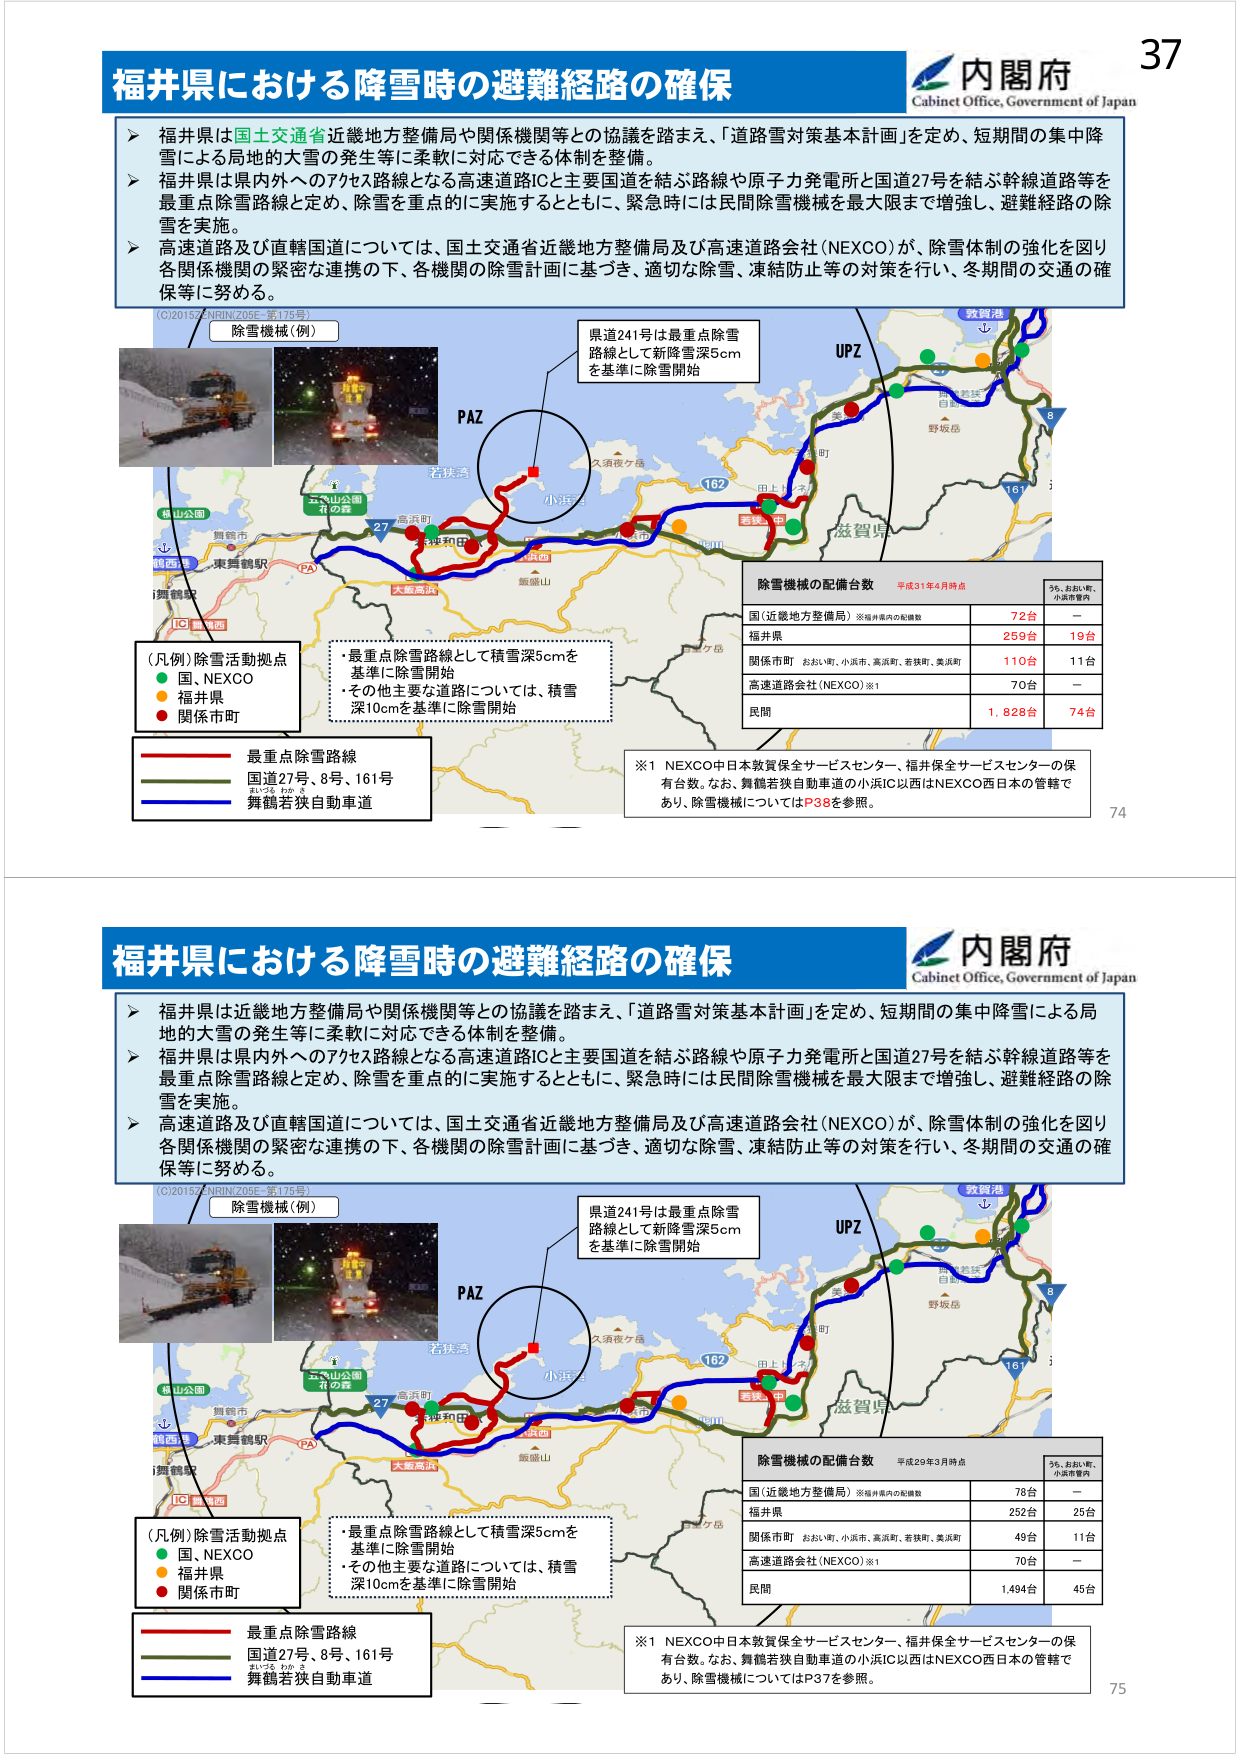
福井県における降雪時の避難経路の確保
内閣府
Cabinet Office, Government of Japan
37
福井県は国土交通省近畿地方整備局や関係機関等との協議を踏まえ、「道路雪対策基本計画」を定め、短期間の集中降雪による局地的大雪の発生等に柔軟に対応できる体制を整備。
福井県は県内外へのアクセス路線となる高速道路ICと主要国道を結ぶ路線や原子力発電所と国道27号を結ぶ幹線道路等を最重点除雪路線と定め、除雪を重点的に実施するとともに、緊急時には民間除雪機械を最大限まで増強し、避難経路の除雪を実施。
高速道路及び直轄国道については、国土交通省近畿地方整備局及び高速道路会社（NEXCO）が、除雪体制の強化を図り各関係機関の緊密な連携の下、各機関の除雪計画に基づき、適切な除雪、凍結防止等の対策を行い、冬期間の交通の確保等に努める。
(C)2015 ZENRIN/205E_第175号
除雪機械（例）
県道241号は最重点除雪路線として新降雪深5cmを基準に除雪開始
UPZ
PAZ
若狭湾
五色山公園
若の森
27
高浜町
小浜IC
舞鶴若狭自動車道
飯盛山
久須伎ケ岳
182
161
滋賀県
野坂岳
舞鶴市
東舞鶴駅
PA
IC
松山公園
西舞鶴
舞鶴若狭自動車道
救賀港
（凡例）除雪活動拠点
国、NEXCO
福井県
関係市町
最重点除雪路線
国道27号、8号、161号
舞鶴若狭自動車道
・最重点除雪路線として積雪深5cmを基準に除雪開始
・その他主要な道路については、積雪深10cmを基準に除雪開始
除雪機械の配備台数
平成31年4月時点
うち、おおい町、小浜市管内
国（近畿地方整備局）※福井県内の配備数
72台
－
福井県
259台
19台
関係市町 おおい町、小浜市、高浜町、若狭町、美浜町
110台
11台
高速道路会社（NEXCO）※1
70台
－
民間
1,828台
74台
※1 NEXCO中日本敦賀保全サービスセンター、福井保全サービスセンターの保有台数。なお、舞鶴若狭自動車道の小浜IC以西はNEXCO西日本の管轄であり、除雪機械についてはP38を参照。
74
福井県における降雪時の避難経路の確保
内閣府
Cabinet Office, Government of Japan
福井県は近畿地方整備局や関係機関等との協議を踏まえ、「道路雪対策基本計画」を定め、短期間の集中降雪による局地的大雪の発生等に柔軟に対応できる体制を整備。
福井県は県内外へのアクセス路線となる高速道路ICと主要国道を結ぶ路線や原子力発電所と国道27号を結ぶ幹線道路等を最重点除雪路線と定め、除雪を重点的に実施するとともに、緊急時には民間除雪機械を最大限まで増強し、避難経路の除雪を実施。
高速道路及び直轄国道については、国土交通省近畿地方整備局及び高速道路会社（NEXCO）が、除雪体制の強化を図り各関係機関の緊密な連携の下、各機関の除雪計画に基づき、適切な除雪、凍結防止等の対策を行い、冬期間の交通の確保等に努める。
(C)2015 ZENRIN/205E_第175号
除雪機械（例）
県道241号は最重点除雪路線として新降雪深5cmを基準に除雪開始
UPZ
PAZ
若狭湾
五色山公園
若の森
27
高浜町
小浜IC
舞鶴若狭自動車道
飯盛山
久須伎ケ岳
182
161
滋賀県
野坂岳
舞鶴市
東舞鶴駅
PA
IC
松山公園
西舞鶴
舞鶴若狭自動車道
救賀港
（凡例）除雪活動拠点
国、NEXCO
福井県
関係市町
最重点除雪路線
国道27号、8号、161号
舞鶴若狭自動車道
・最重点除雪路線として積雪深5cmを基準に除雪開始
・その他主要な道路については、積雪深10cmを基準に除雪開始
除雪機械の配備台数
平成29年3月時点
うち、おおい町、小浜市管内
国（近畿地方整備局）※福井県内の配備数
78台
－
福井県
252台
25台
関係市町 おおい町、小浜市、高浜町、若狭町、美浜町
49台
11台
高速道路会社（NEXCO）※1
70台
－
民間
1,494台
45台
※1 NEXCO中日本敦賀保全サービスセンター、福井保全サービスセンターの保有台数。なお、舞鶴若狭自動車道の小浜IC以西はNEXCO西日本の管轄であり、除雪機械についてはP37を参照。
75